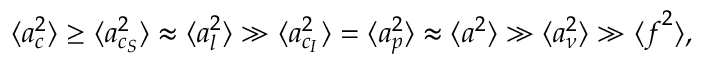
\langle \boldsymbol { a } _ { c } ^ { 2 } \rangle \ge \langle \boldsymbol { a } _ { c _ { S } } ^ { 2 } \rangle \approx \langle \boldsymbol { a } _ { l } ^ { 2 } \rangle \gg \langle \boldsymbol { a } _ { c _ { I } } ^ { 2 } \rangle = \langle \boldsymbol { a } _ { p } ^ { 2 } \rangle \approx \langle \boldsymbol { a } ^ { 2 } \rangle \gg \langle \boldsymbol { a } _ { \nu } ^ { 2 } \rangle \gg \langle \boldsymbol { f } ^ { 2 } \rangle ,